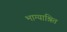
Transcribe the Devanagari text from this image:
भाग्याश्रित